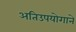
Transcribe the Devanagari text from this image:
अतिउपयोगाने